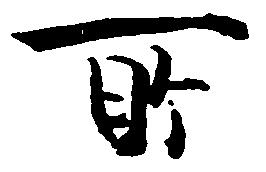
所